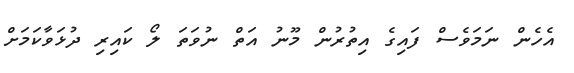
އެހެން ނަމަވެސް ފައިގެ އިތުރުން މޫނު އަތް ނުވަތަ ލޯ ކައިރި ދުޅަވާކަމަށް